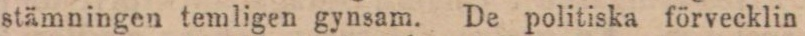
stämningen temligen gynsam. De politiska förvecklin